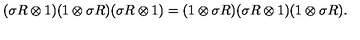
( \sigma R \otimes 1 ) ( 1 \otimes \sigma R ) ( \sigma R \otimes 1 ) = ( 1 \otimes \sigma R ) ( \sigma R \otimes 1 ) ( 1 \otimes \sigma R ) .